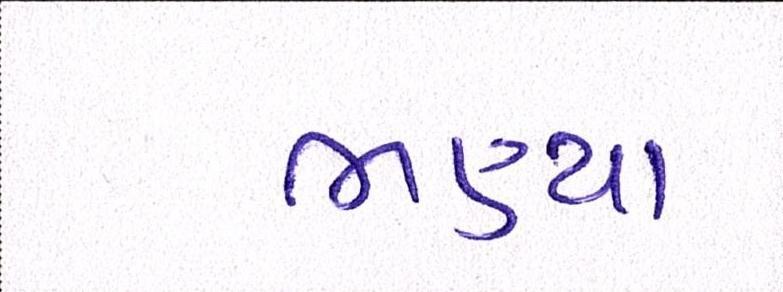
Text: ભણ્યા